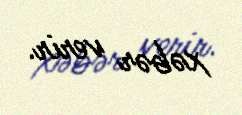
xəbər verir.